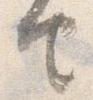
由